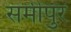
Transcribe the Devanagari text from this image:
समीपुर